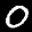
Digit: 0